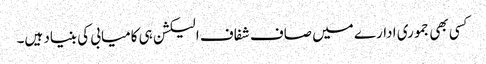
کسی بھی جموری ادارے میں صاف شفاف الیکشن ہی کامیابی کی بنیاد ہیں۔